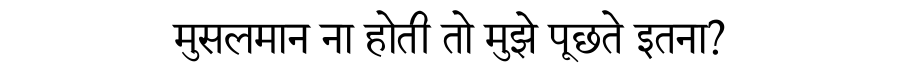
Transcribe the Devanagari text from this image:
मुसलमान ना होती तो मुझे पूछते इतना?